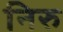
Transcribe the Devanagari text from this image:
निरु